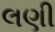
લણી